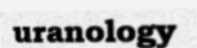
uranology